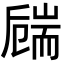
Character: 𦓚